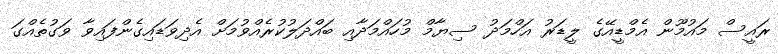
ރައީސް މައުމޫން އެމްޑީއޭގެ ލީޑަރު އަހްމަދު ސިޔާމް މުހައްމަދާއި ބައްދަލުކުރެއްވުމަށް އެދިވަޑައިގެންފައިވާ ވަގުތެއްގަ